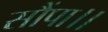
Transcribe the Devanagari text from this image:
सौंपा।।